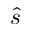
\hat { s }